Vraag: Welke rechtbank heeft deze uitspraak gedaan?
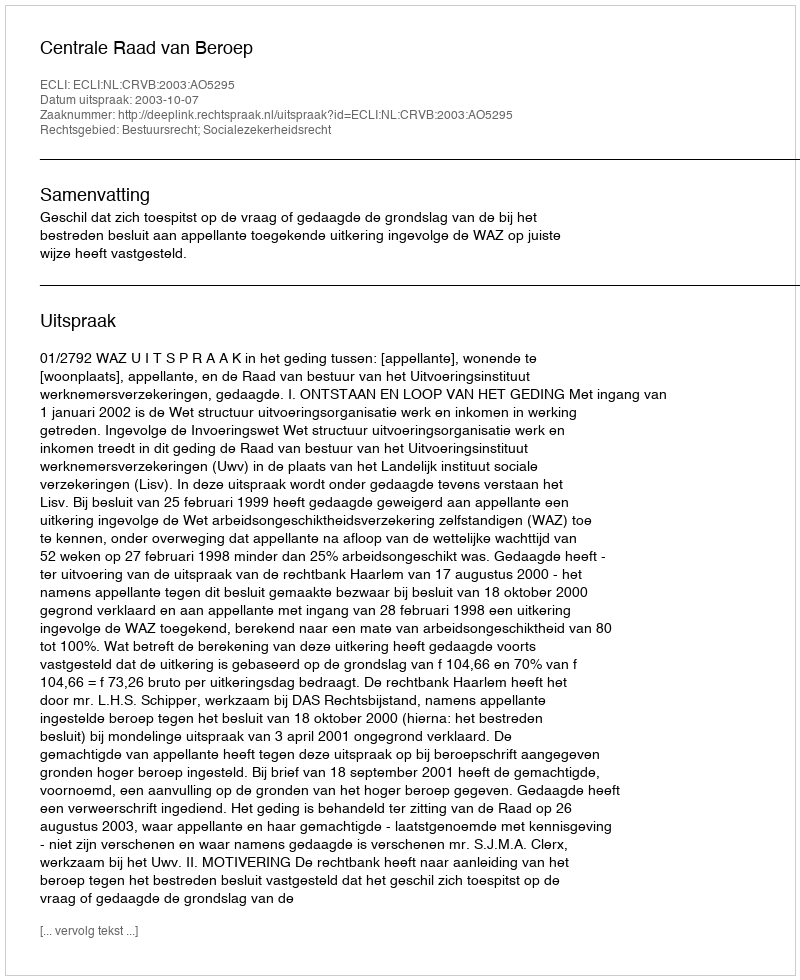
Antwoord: Centrale Raad van Beroep